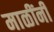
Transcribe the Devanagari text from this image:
माळींनी